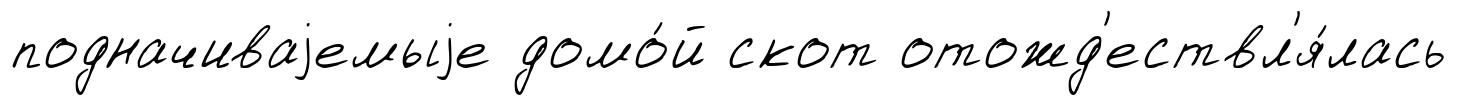
подначиваjемыjе домо́й скот отожд'ествл'я́лась